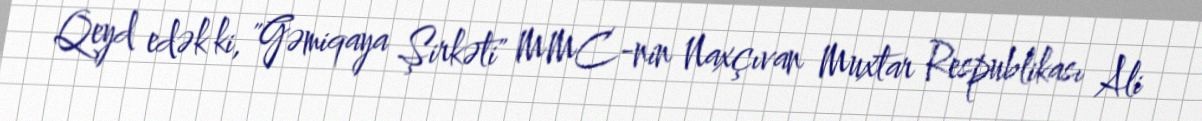
Qeyd edək ki, "Gəmiqaya Şirkəti" MMC-nin Naxçıvan Muxtar Respublikası Ali